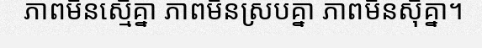
ភាពមិនស្មើគ្នា ភាពមិនស្របគ្នា ភាពមិនស៊ីគ្នា។